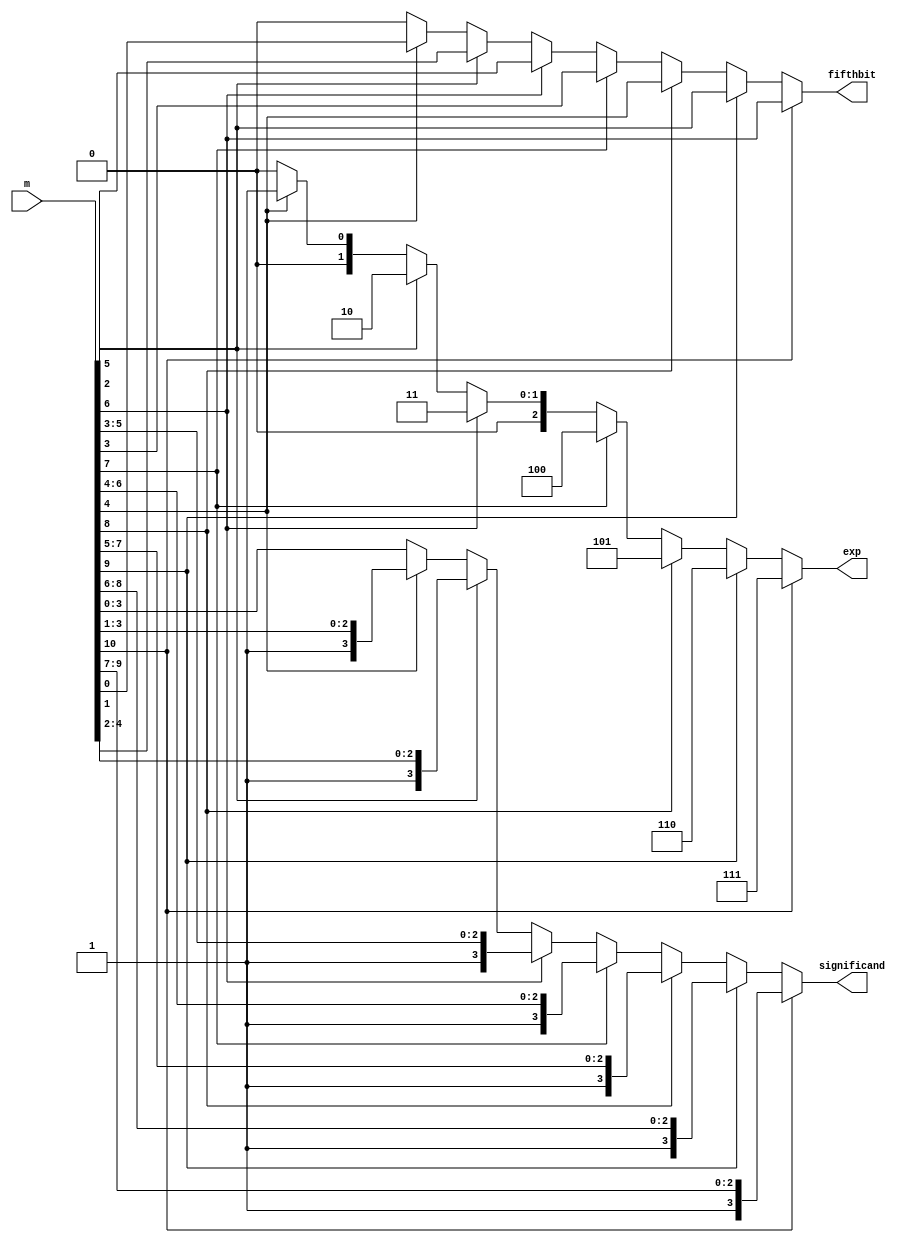
`timescale 1ns / 1ps

module primary_encoder(
    input wire [11:0] m,
    output reg [2:0] exp,
    output reg [3:0] significand,
    output reg fifthbit
);

    always @(*) begin
        exp = 3'b000;
        significand = 4'b0000;
        fifthbit = 0;
        
        if (m[10]) begin
            exp = 3'b111;
            significand = m[10:7];
            fifthbit = m[6];
        end else if (m[9]) begin
            exp = 3'b110;
            significand = m[9:6];
            fifthbit = m[5];
        end else if (m[8]) begin
            exp = 3'b101;
            significand = m[8:5];
            fifthbit = m[4];
        end else if (m[7]) begin
            exp = 3'b100;
            significand = m[7:4];
            fifthbit = m[3];
        end else if (m[6]) begin
            exp = 3'b011;
            significand = m[6:3];
            fifthbit = m[2];
        end else if (m[5]) begin
            exp = 3'b010;
            significand = m[5:2];
            fifthbit = m[1];
        end else if (m[4]) begin
            exp = 3'b001;
            significand = m[4:1];
            fifthbit = m[0];
        end else begin
            exp = 3'b000;
            significand = m[3:0];
            fifthbit = 0;
        end
    end
endmodule